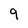
Character: 9